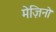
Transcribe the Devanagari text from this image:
मेज़िनो